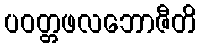
ပဝတ္တဖလဘောဇီတိ